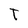
Character: T